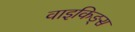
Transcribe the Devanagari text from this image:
वाइकिङ्स